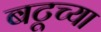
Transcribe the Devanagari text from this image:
बटूच्या